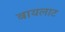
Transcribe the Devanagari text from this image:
बायलाट